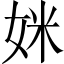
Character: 𫰤